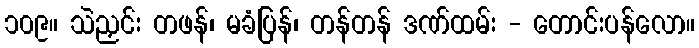
၁၀၉။ သဲညှင်း တဖန်၊ မခံပြန်၊ တန်တန် ဒဏ်ထမ်း - တောင်းပန်လော။